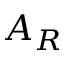
A _ { R }